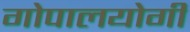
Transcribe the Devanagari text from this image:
गोपालयोगी